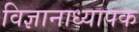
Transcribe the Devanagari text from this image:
विज्ञानाध्यापक